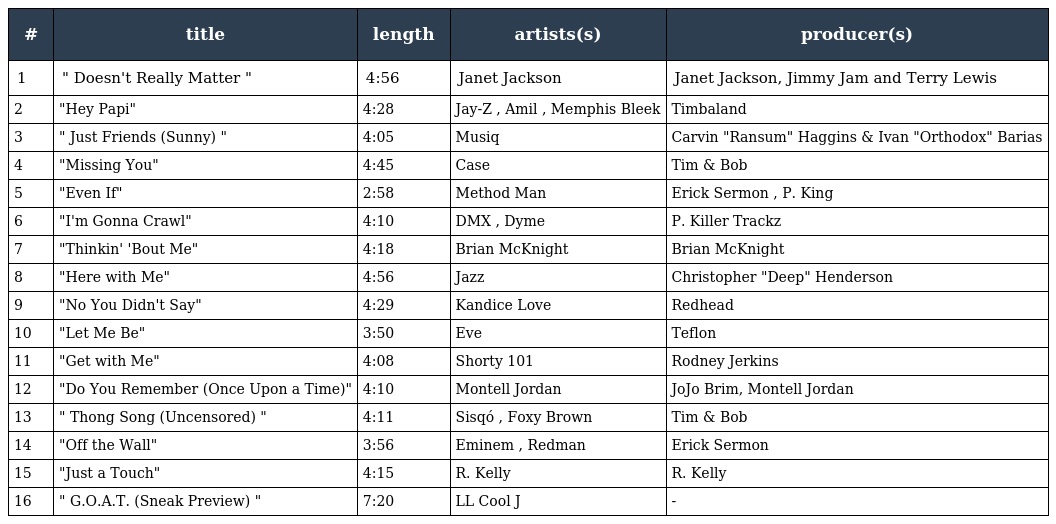
| # | title | length | artists(s) | producer(s) |
 | --- | --- | --- | --- | --- |
 | 1 | " Doesn't Really Matter " | 4:56 | Janet Jackson | Janet Jackson, Jimmy Jam and Terry Lewis |
 | 2 | "Hey Papi" | 4:28 | Jay-Z , Amil , Memphis Bleek | Timbaland |
 | 3 | " Just Friends (Sunny) " | 4:05 | Musiq | Carvin "Ransum" Haggins & Ivan "Orthodox" Barias |
 | 4 | "Missing You" | 4:45 | Case | Tim & Bob |
 | 5 | "Even If" | 2:58 | Method Man | Erick Sermon , P. King |
 | 6 | "I'm Gonna Crawl" | 4:10 | DMX , Dyme | P. Killer Trackz |
 | 7 | "Thinkin' 'Bout Me" | 4:18 | Brian McKnight | Brian McKnight |
 | 8 | "Here with Me" | 4:56 | Jazz | Christopher "Deep" Henderson |
 | 9 | "No You Didn't Say" | 4:29 | Kandice Love | Redhead |
 | 10 | "Let Me Be" | 3:50 | Eve | Teflon |
 | 11 | "Get with Me" | 4:08 | Shorty 101 | Rodney Jerkins |
 | 12 | "Do You Remember (Once Upon a Time)" | 4:10 | Montell Jordan | JoJo Brim, Montell Jordan |
 | 13 | " Thong Song (Uncensored) " | 4:11 | Sisqó , Foxy Brown | Tim & Bob |
 | 14 | "Off the Wall" | 3:56 | Eminem , Redman | Erick Sermon |
 | 15 | "Just a Touch" | 4:15 | R. Kelly | R. Kelly |
 | 16 | " G.O.A.T. (Sneak Preview) " | 7:20 | LL Cool J | - |